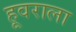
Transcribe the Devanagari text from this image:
हूवराला